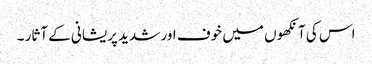
اس کی آنکھوں میں خوف اور شدید پریشانی کے آثار ۔